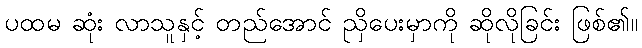
ပထမ ဆုံး လာသူနှင့် တည်အောင် ညှိပေးမှာကို ဆိုလိုခြင်း ဖြစ်၏။